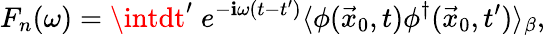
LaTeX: F_{n}(\omega)=\intdt^{\prime}\; e^{-\mathbf{i}\omega(t-t^{\prime})}\langle\phi(\vec{{x}}_{0},t)\phi^{\dagger}(\vec{{x}}_{0},t^{\prime})\rangle_{\beta},